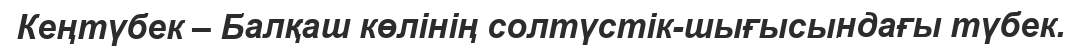
Кеңтүбек – Балқаш көлінің солтүстік-шығысындағы түбек.